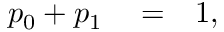
\begin{array} { r l r } { p _ { 0 } + p _ { 1 } } & { { } = } & { 1 , } \end{array}